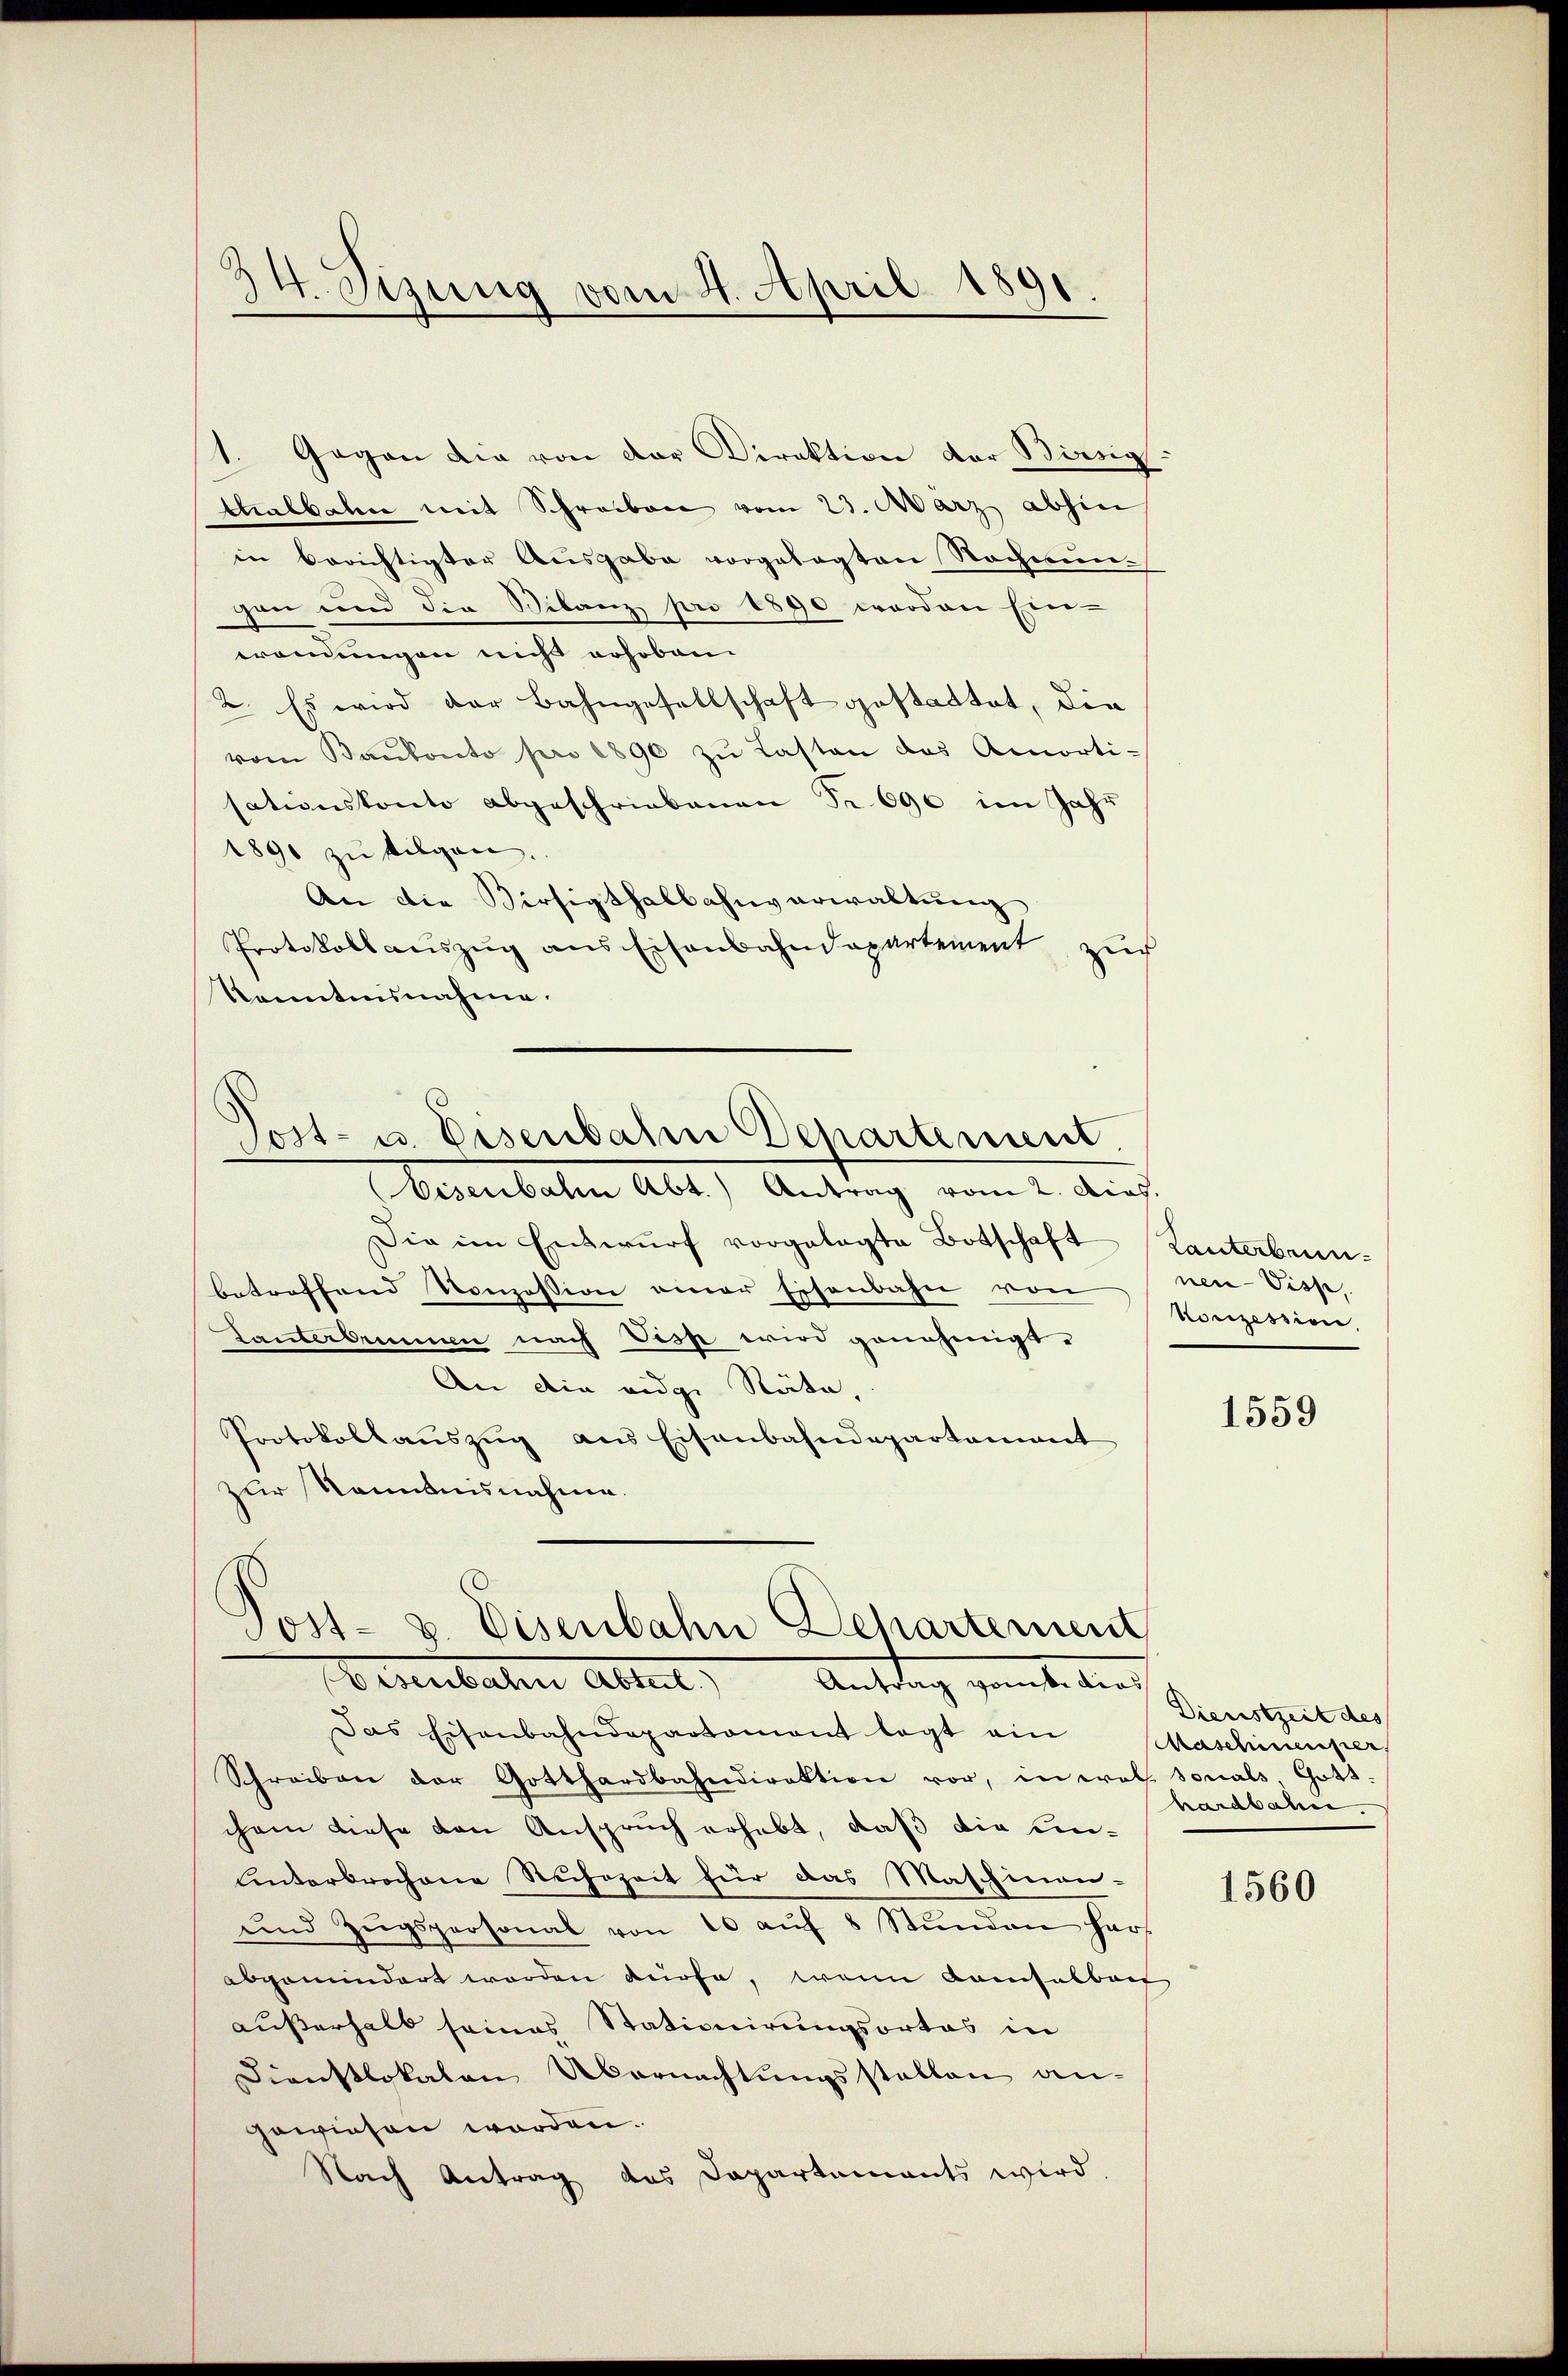
34. Sizung vom 4. April 1891.
.

1. Gegen die von der Direktion der Birrig
talbahn mit Schreiben vom 23. März abhin
in berichtigter Ausgabe vorgelegten Rechnungen und die Silanz pro 1890 werden Ein-
wrondungen nicht erhoben
2. Es wird der Bahngesellschaft gestattet, die
vom Baŭkonto pro 1890 zŭ Lasten das Amorti-
sationskonto abgeschriebenen Nr. 690 im Jahr
1891 zu tilgen.
An die Versigthalbahnverwaltung
Protokoll auszug aus Eisenbahndepartement zuch
kanntnisnahme.
Eisenbahn Abt.) Antrag vom 2. dies.
Sie im Entwurf vorgelegte Botschaft
.
betreffend Konzession einer Eisenbahn von
Lanterbrunn nach Visp wird genehmigt.
An die eidge Räte,
Protokollauszug aus Eisenbahndepartement
zur Kenntnisnahme.
Post- u. Eisenbahn Departement
Eisenbachen Abteil
Antrag gant dies
Das Eisenbahndepartement legt ein
Schreiben der Gotthardbahndirektion vor, in wol sonals Gott.
chem diese den Anspruch erhebt, daß die Um¬
Unterbrochene Ruhezeit für das Maschinen-
ŭnd Zŭgspersonal von 10 aŭf 8 Stŭnden har
abgemindert worden dürfe, wenn Kausalben
außerhalb seines Stationirungsortes in
Dienstlokalen Übernachtungsstellen an-
gewiesen worden.
Nach Antrag des Dapartements wird

Tost- u. Eisenbahn Departement.

Lanterbrun
nen Disse,
Konzession,

1559

Dienstzeit des
Aaschinenper.
hardbahn.

1560